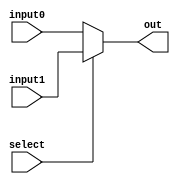
module MUX_2to1( input [31:0] input0 , 
                 input [31:0] input1, 
                 input select, 
                 output [31:0] out);
   assign out = select? input1 : input0;
 endmodule